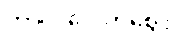
ကာလပေါက်ဈေး